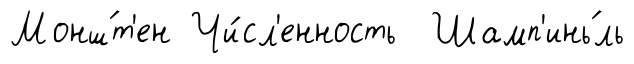
Монш́т'ен Чи́сл'енность Шамп'инь́ль